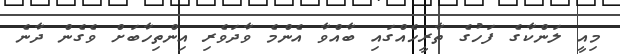
މިއީ ލަންކާގެ ފަހުގެ ތާރީހެއްގައި ބާއްވާ އެންމެ ވާދަވެރި އިންތިހާބަށް ވެގެން ދާނެ